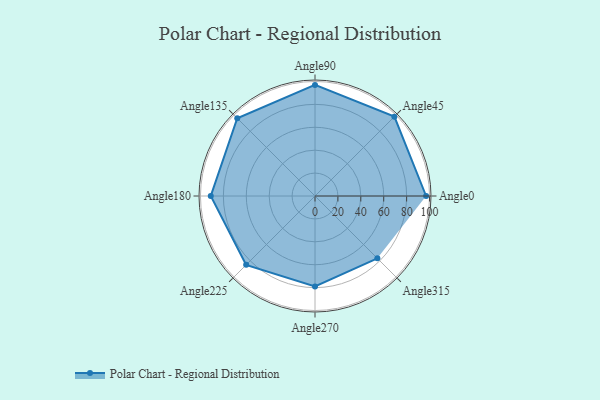
{"axis": {"x": "Angle", "y": "Radius"}, "legend": [""], "data": [{"x": "Angle0", "y": 97.0, "type": ""}, {"x": "Angle45", "y": 98.0, "type": ""}, {"x": "Angle90", "y": 97.0, "type": ""}, {"x": "Angle135", "y": 96.0, "type": ""}, {"x": "Angle180", "y": 91.0, "type": ""}, {"x": "Angle225", "y": 85.0, "type": ""}, {"x": "Angle270", "y": 79.0, "type": ""}, {"x": "Angle315", "y": 77.0, "type": ""}]}